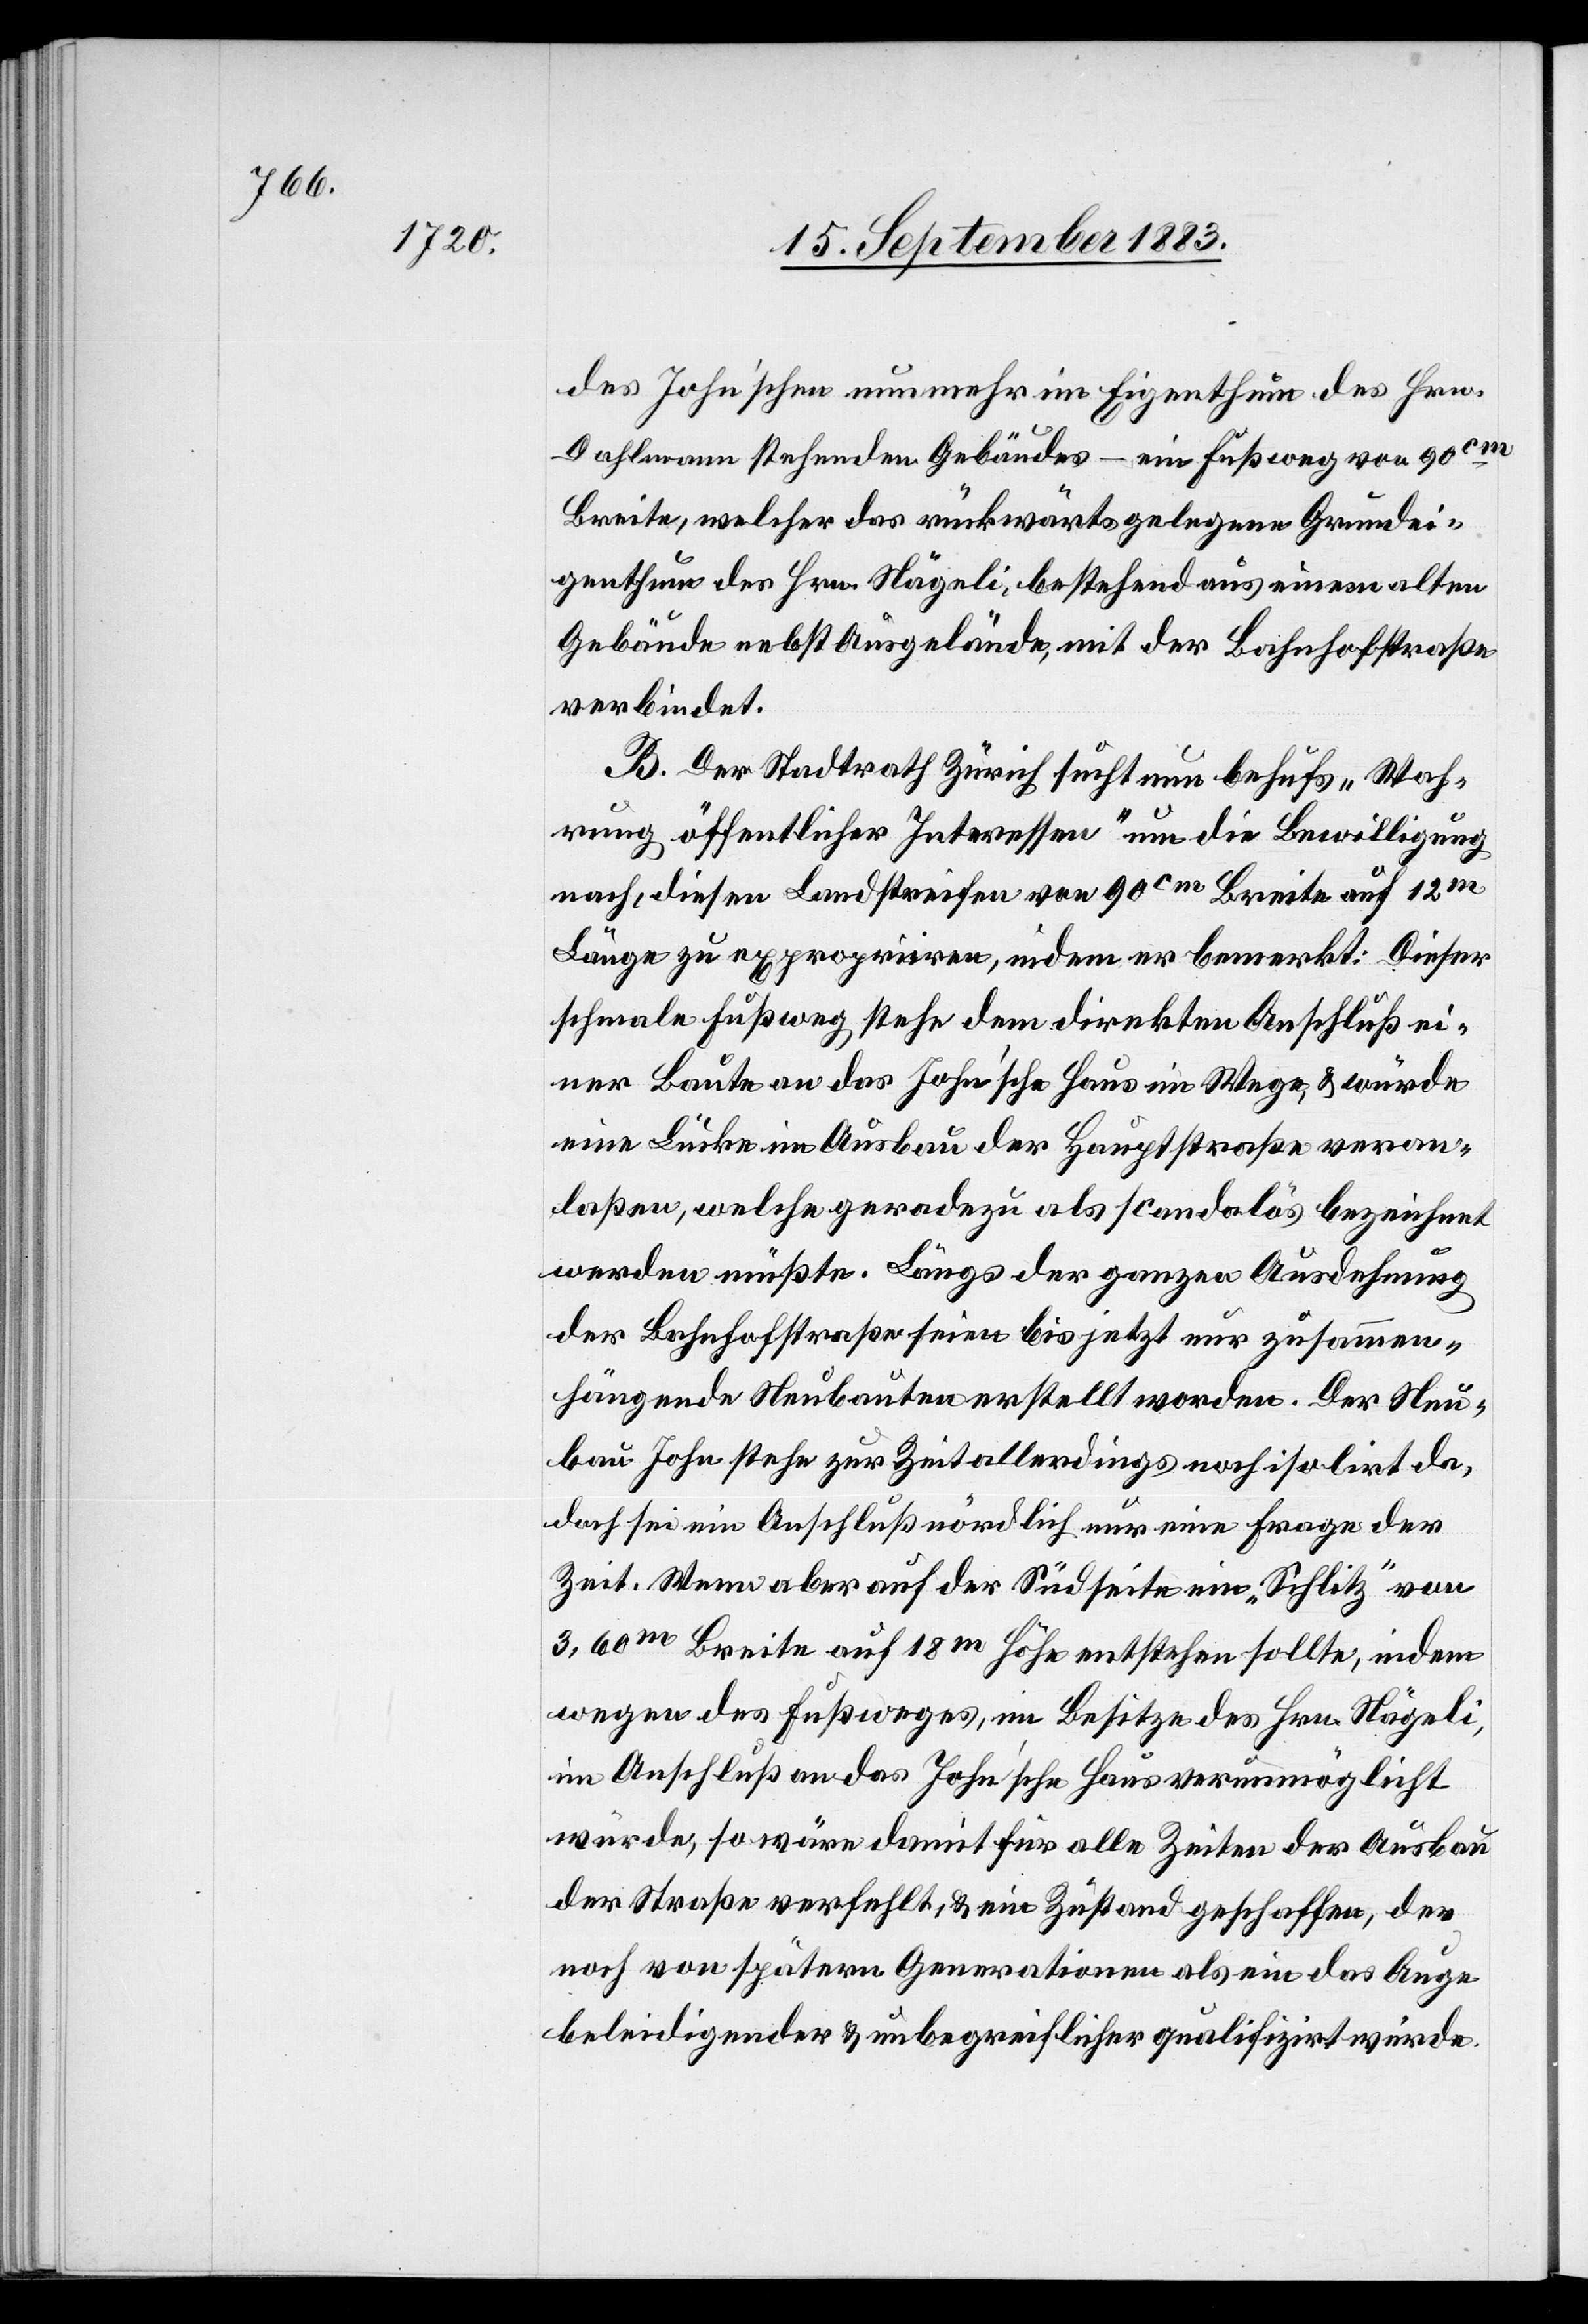
des John’schen nunmehr im Eigenthum des Hrn.
Dahlmann stehenden Gebäudes – ein Fußweg von ca
Breite, welcher das rückwärts gelegene Grundei¬
genthum des Hrn. Nägeli, bestehend aus einem alten
Gebäude nebst Ausgelände, mit der Bahnhofstraße
verbindet.
B. Der Stadtrath Zürich sucht nun behufs „Wah¬
rung öffentlicher Interessen“ um die Bewilligung
nach, diesen Landstreifen von 90cm Breite auf 13m
Länge zu expropriiren, indem er bemerkt: Dieser
schmale Fußweg stehe dem direkten Anschluß ei¬
ner Baute an das John’sche Haus im Wege & würde
eine Lücke im Ausbau der Hauptstraße veran¬
laßen, welche geradezu als scandalös bezeichnet
werden müßte. Längs der ganzen Ausdehnung
der Bahnhofstraße seien bis jetzt nur zusammen¬
hängende Neubauten erstellt worden. Der Neu¬
bau John stehe zur Zeit allerdings noch isolirt da,
doch sei ein Anschluß nördlich nur eine Frage der
Zeit. Wenn aber auf der Südseite ein „Schlitz“ von
3,60m Breite auf 18m Höhe entstehen sollte, indem
wegen des Fußweges, im Besitze des Hrn. Nägeli,
im Anschluß an das John’sche Haus verunmöglicht
würde, so wäre damit für alle Zeiten der Ausbau
der Straße verfehlt, & ein Zustand geschaffen, der
noch von spätern Generationen als ein das Auge
beleidigender & unbegreiflicher qualifizirt würde.